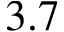
3 . 7